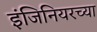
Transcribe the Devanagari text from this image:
इंजिनियरच्या